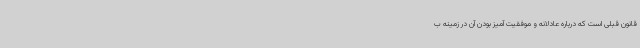
قانون قبلی است که درباره عادلانه و موفقیت آمیز بودن آن در زمینه ب